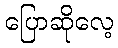
ပြောဆိုလေ့